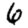
Digit: 6